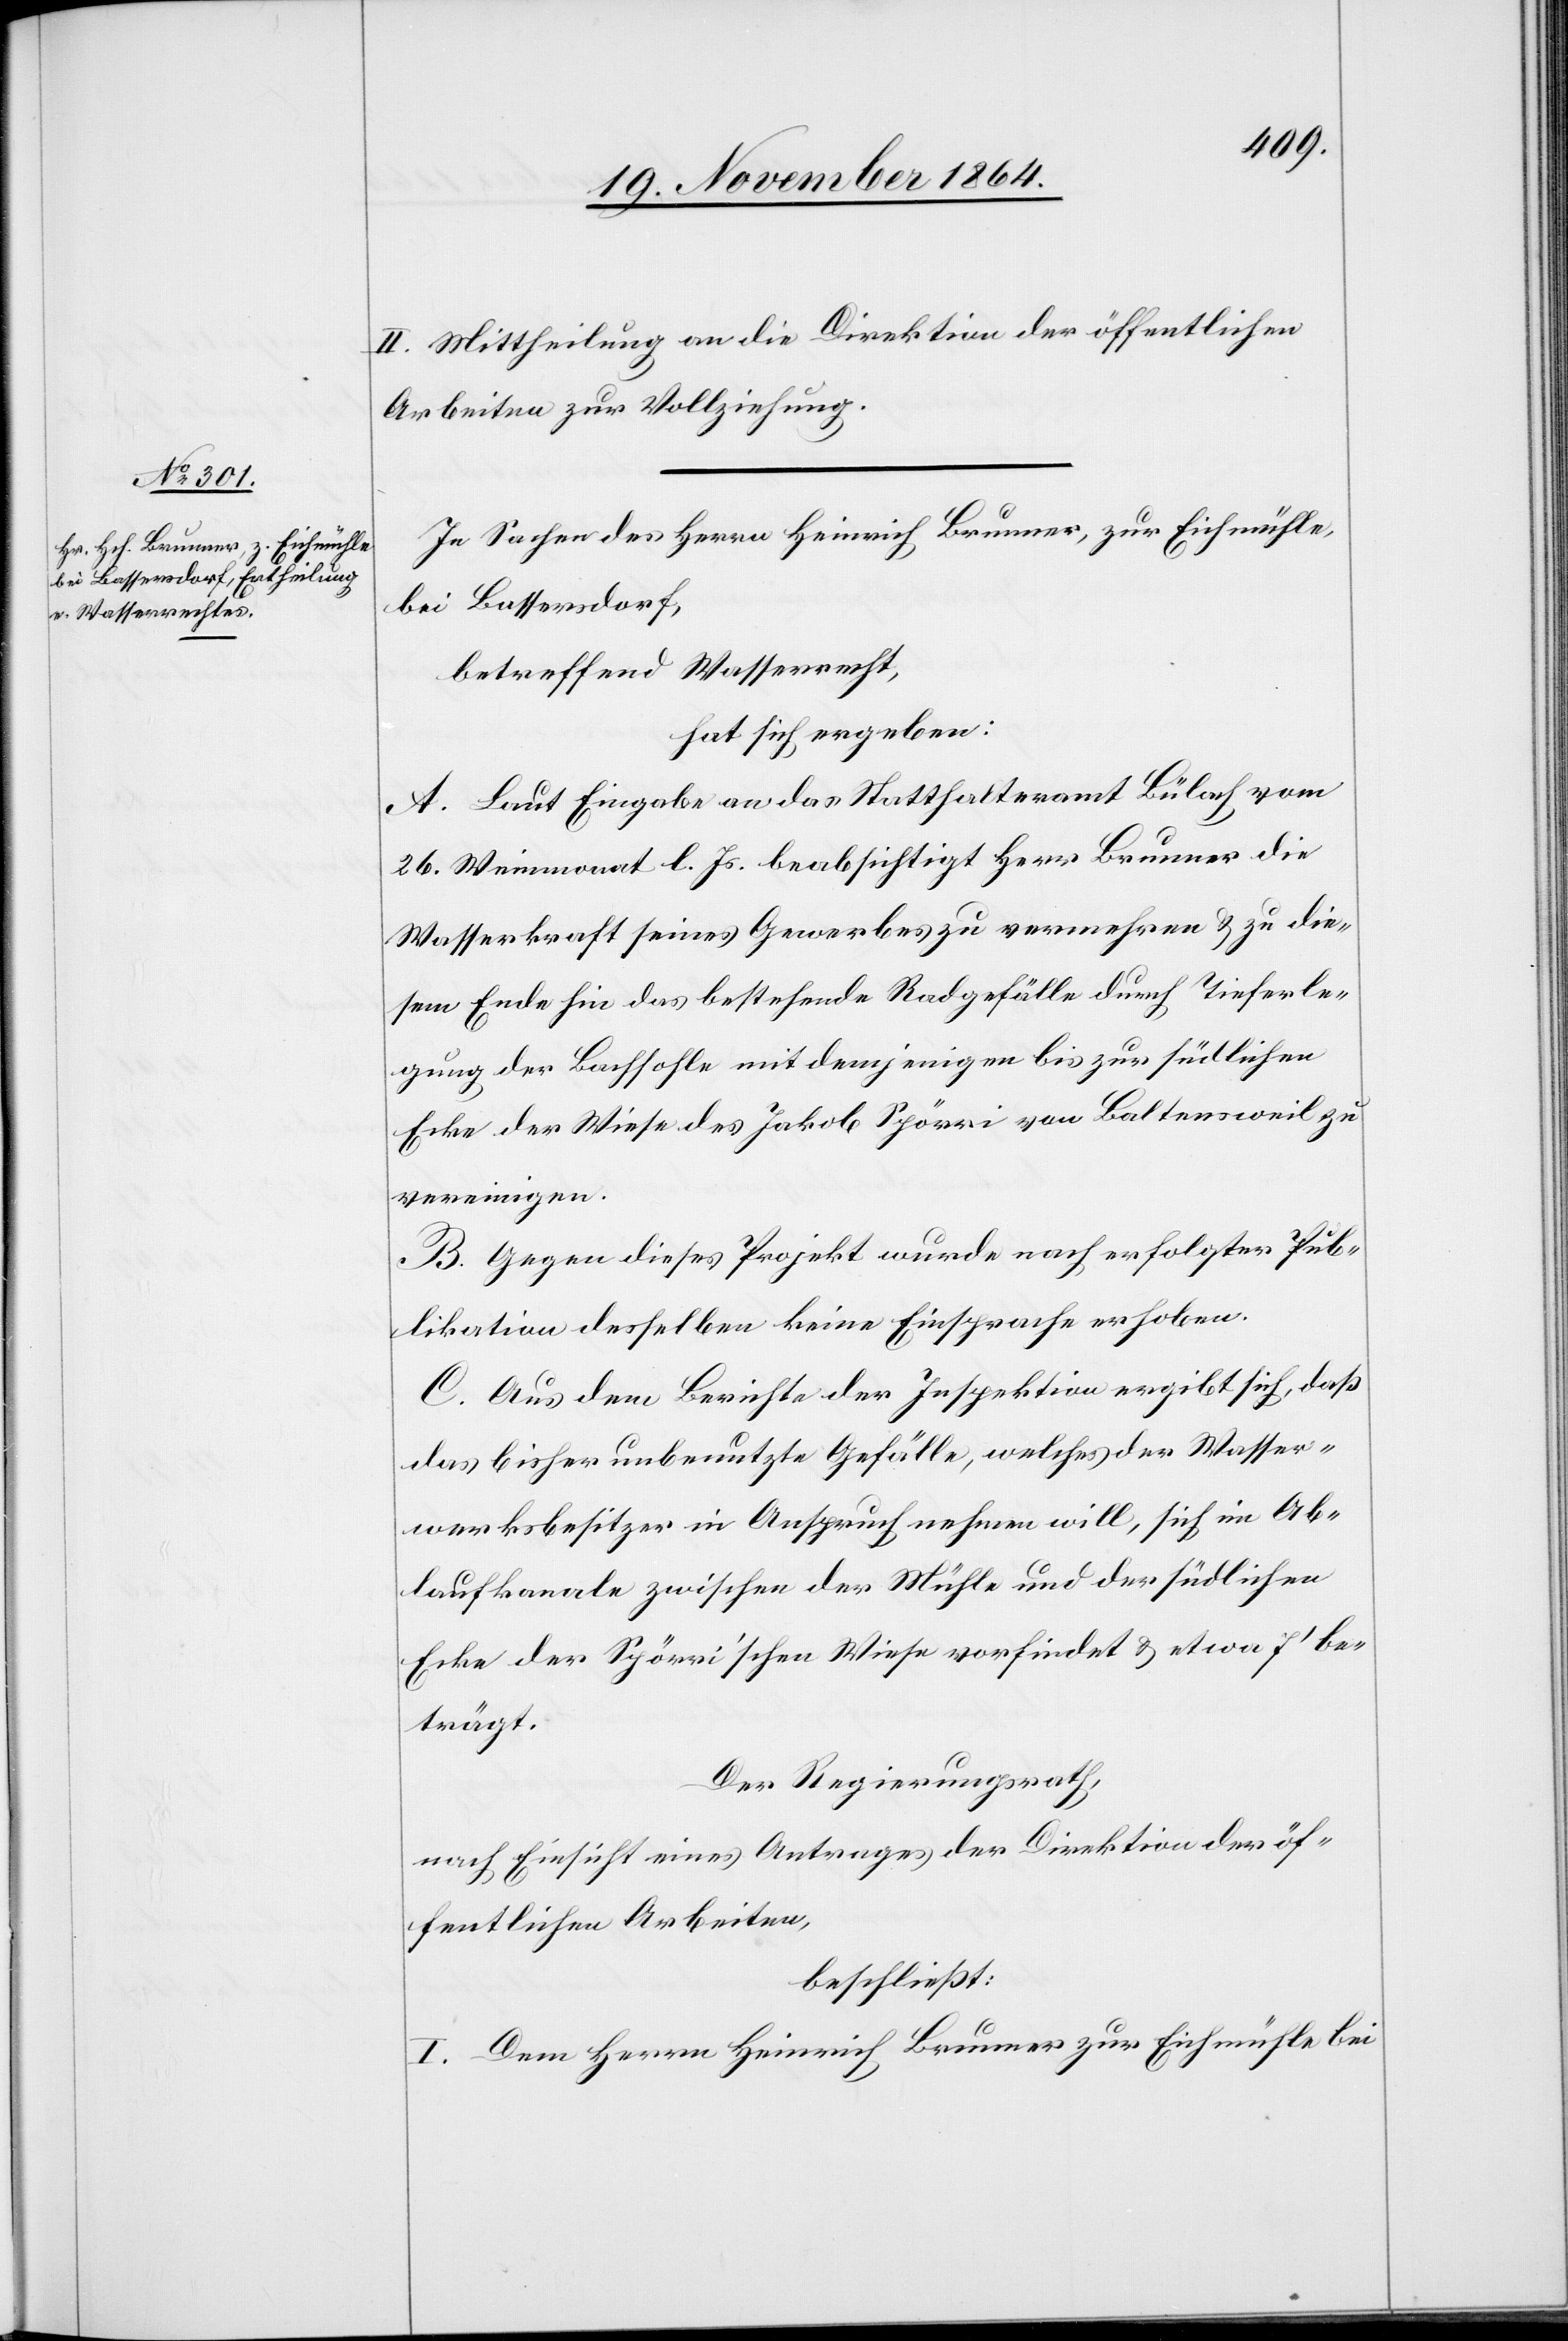
II. Mittheilung an die Direktion der öffentlichen
Arbeiten zur Vollziehung.
In Sachen des Herrn Heinrich Brunner, zur Eichmühle,
bei Bassersdorf,
betreffend Wasserrecht,
hat sich ergeben:
A. Laut Eingabe an das Statthalteramt Bülach vom
26. Weinmonat l. Js. beabsichtigt Herr Brunner die
Wasserkraft seines Gewerbes zu vermehren & zu die¬
sem Ende hin das bestehende Radgefälle durch Tieferle¬
gung der Bachsohle mit demjenigen bis zur südlichen
Ecke der Wiese des Jakob Spörri von Baltensweil zu
vereinigen.
B. Gegen dieses Projekt wurde nach erfolgter Pub¬
likation desselben keine Einsprache erhoben.
C. Aus dem Berichte der Inspektion ergibt sich, daß
das bisher unbenutzte Gefälle, welches der Wasser¬
werksbesitzer in Anspruch nehmen will, sich im Ab¬
laufkanale zwischen der Mühle und der südlichen
Ecke der Spörri’schen Wiese vorfindet & etwa 7’ be¬
trägt.
Der Regierungsrath,
nach Einsicht eines Antrages der Direktion der öf¬
fentlichen Arbeiten,
beschließt:
I. Dem Herrn Heinrich Brunner zur Eichmühle bei